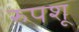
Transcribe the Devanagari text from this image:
रुपशू